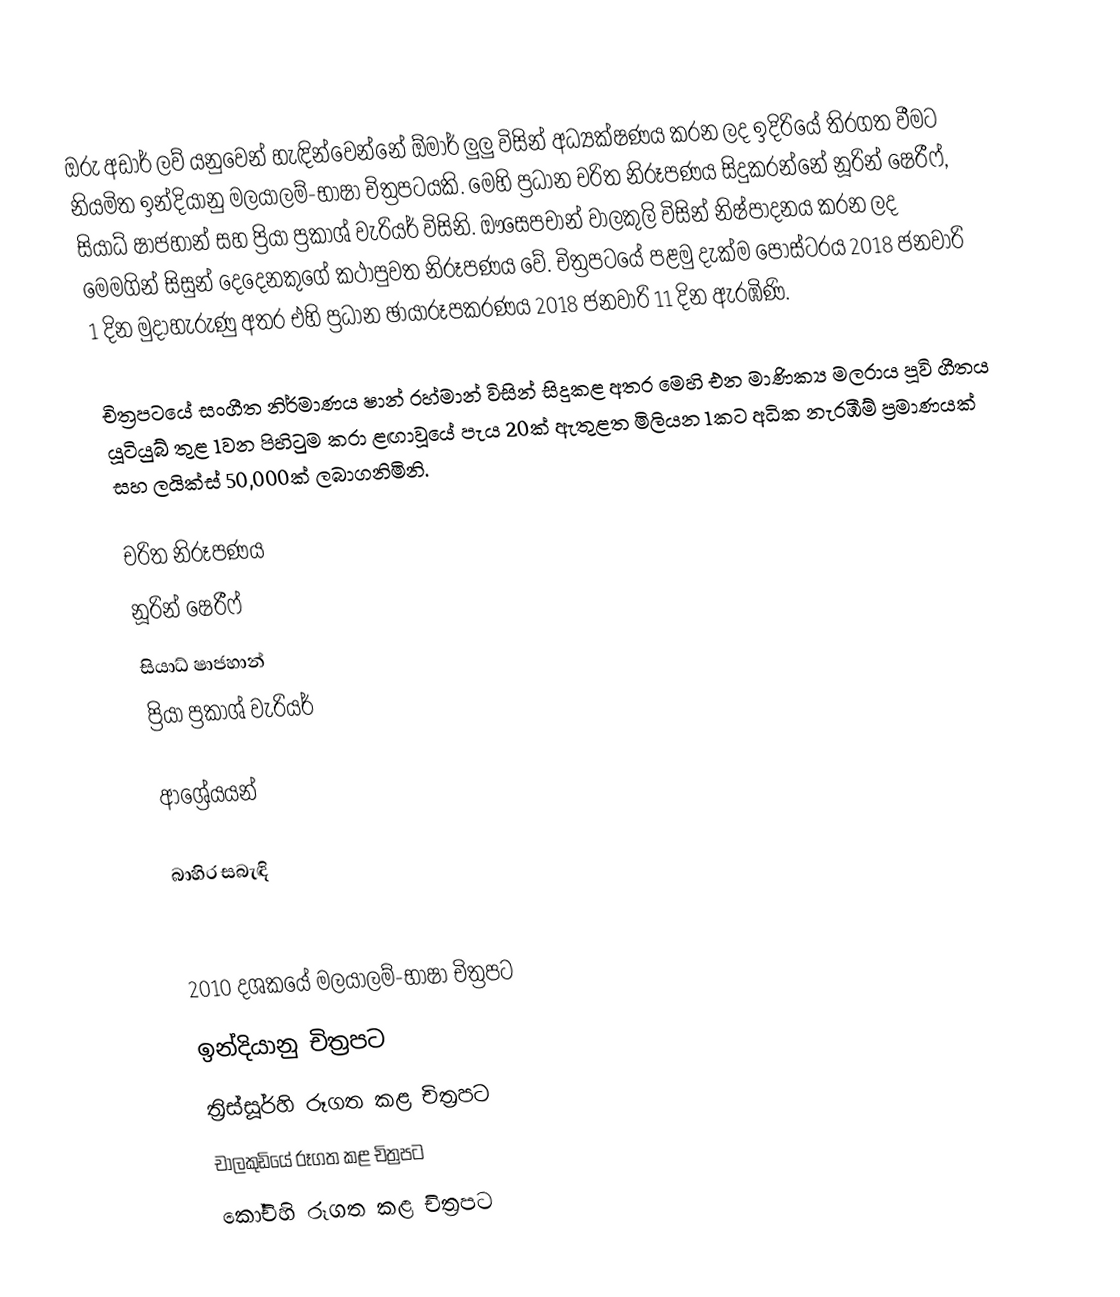
ඔරු අඩාර් ලව් යනුවෙන් හැඳින්වෙන්නේ ඕමාර් ලුලු විසින් අධ්‍යක්ෂණය කරන ලද ඉදිරියේ තිරගත වීමට නියමිත ඉන්දියානු මලයාලම්-භාෂා චිත්‍රපටයකි. මෙහි ප්‍රධාන චරිත නිරූපණය සිදුකරන්නේ නූරින් ෂෙරීෆ්, සියාධ් ෂාජහාන් සහ ප්‍රියා ප්‍රකාශ් වැරියර් විසිනි. ඖසෙපචාන් වාලකුලි විසින් නිෂ්පාදනය කරන ලද මෙමගින් සිසුන් දෙදෙනකුගේ කථාපුවත නිරූපණය වේ. චිත්‍රපටයේ පළමු දැක්ම පෝස්ටරය 2018 ජනවාරි 1 දින මුදාහැරුණු අතර එහි ප්‍රධාන ඡායාරූපකරණය 2018 ජනවාරි 11 දින ඇරඹිණි.

චිත්‍රපටයේ සංගීත නිර්මාණය ෂාන් රහ්මාන් විසින් සිදුකළ අතර මෙහි එන මාණික්‍ය මලරාය පූවි ගීතය යූටියුබ් තුළ 1වන පිහිටුම කරා ළඟාවූයේ පැය 20ක් ඇතුළත මිලියන 1කට අධික නැරඹීම් ප්‍රමාණයක් සහ ලයික්ස් 50,000ක් ලබාගනිමිනි.

චරිත නිරූපණය
නූරින් ෂෙරීෆ්
සියාධ් ෂාජහාන්
ප්‍රියා ප්‍රකාශ් වැරියර්

ආශ්‍රේයයන්

බාහිර සබැඳි

2010 දශකයේ මලයාලම්-භාෂා චිත්‍රපට
ඉන්දියානු චිත්‍රපට
ත්‍රිස්සූර්හි රූගත කළ චිත්‍රපට
චාලකුඩියේ රූගත කළ චිත්‍රපට
කෝචිහි රූගත කළ චිත්‍රපට